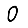
Digit: 0